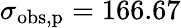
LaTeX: \sigma_{\mathrm{obs,p}}=166.67